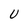
Character: U